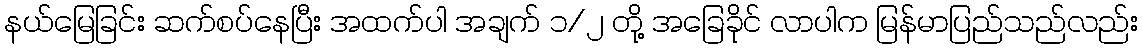
နယ်မြေခြင်း ဆက်စပ်နေပြီး အထက်ပါ အချက် ၁/၂ တို့ အခြေခိုင် လာပါက မြန်မာပြည်သည်လည်း